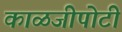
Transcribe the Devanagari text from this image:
काळजीपोटी